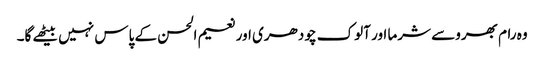
وہ رام بھروسے شرما اور آلوک چودھری اور نعیم الحسن کے پاس نہیں بیٹھے گا۔